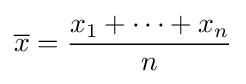
{\overline {x}}={\frac {x_{1}+\cdots +x_{n}}{n}}